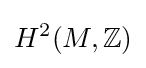
H^{2}(M,\mathbb {Z} )